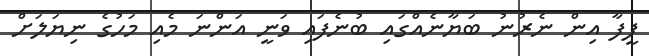
ފީފާ އިން ނެރުނު ބަޔާނެއްގައި ބުނެފައި ވަނީ އަންނަ މެއި މަހުގެ ނިޔަލަށް